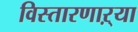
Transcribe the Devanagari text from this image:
विस्तारणाऱ्या